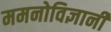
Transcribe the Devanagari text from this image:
ममनोविज्ञानी